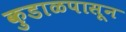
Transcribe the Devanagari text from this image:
कुडाळपासून